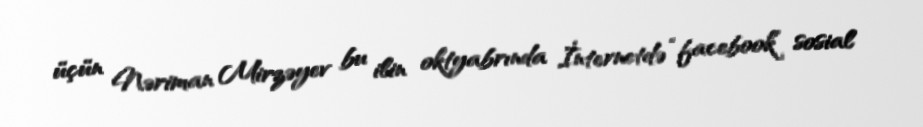
üçün Nəriman Mirzəyev bu ilin oktyabrında İnternetdə “facebook” sosial